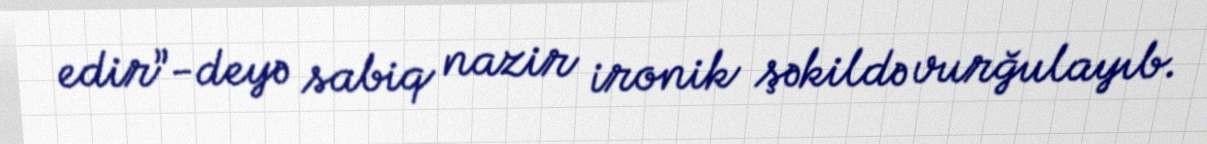
edir”-deyə sabiq nazir ironik şəkildə vurğulayıb.